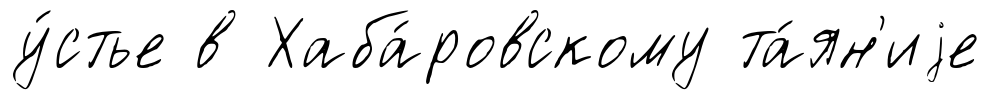
у́стье в Хаба́ровскому та́ян'иjе